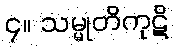
၄။ သမ္မုတိကုဋိ